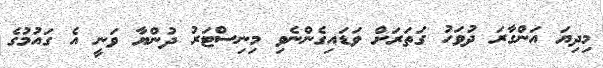
މިދިޔަ އަންގާރަ ދުވަހު ގަތަރަށް ވަޑައިގެންނެވި މިނިސްޓަރު ދުންޔާ ވަނީ އެ ގައުމުގެ